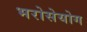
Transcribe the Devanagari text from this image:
भरोसेयोग